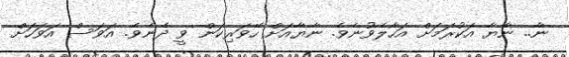
ނާ.. ނާޔާ އަކުރަމަށް އަހާލެވުނެވެ. ނާޔާއަށް ހޭވަރިކަން ވީ ދެނެވެ. އަވަސް އަވަހަށް